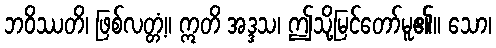
ဘဝိဿတိ၊ ဖြစ်လတ္တံ့။ ဣတိ အဒ္ဒသ၊ ဤသို့မြင်တော်မူ၏။ သော၊